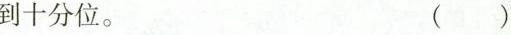
到十分位。 ( )